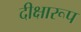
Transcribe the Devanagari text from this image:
दीक्षारूप